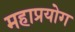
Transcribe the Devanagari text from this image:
महाप्रयोग